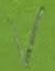
Text: V